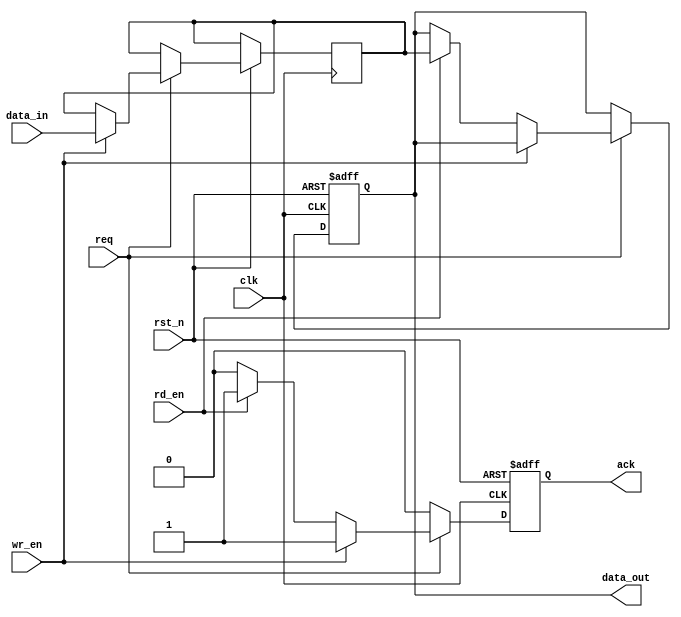
module MemoryBlock (
    input wire clk,
    input wire rst_n,
    input wire req,
    output reg ack,
    input wire [7:0] data_in,
    output reg [7:0] data_out,
    input wire wr_en,
    input wire rd_en
);
    reg [7:0] memory [0:15]; // Sample memory with 16 locations

    always @(posedge clk or negedge rst_n) begin
        if (!rst_n) begin
            ack <= 0;
            data_out <= 8'b0;
        end else begin
            ack <= 0; // Default ack to low
            if (req) begin
                if (wr_en) begin
                    // Write data to memory
                    memory[0] <= data_in; // Write to memory location 0
                    ack <= 1; // Set ack high after write
                end else if (rd_en) begin
                    // Read data from memory
                    data_out <= memory[0]; // Read from memory location 0
                    ack <= 1; // Set ack high after read
                end
            end
        end
    end
endmodule